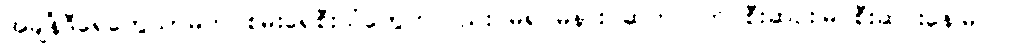
အချိန်ဒီရေတွေသာမက စမ်းရေစီးသံတွေကလည်း မရပ်မနား ဆက်လက် စီးဆင်းမြဲ စီးဆင်းနေမြဲပါ။